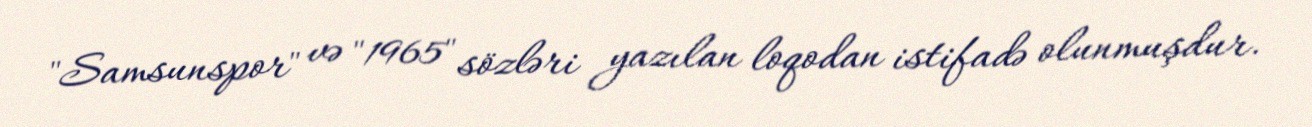
"Samsunspor" və "1965" sözləri yazılan loqodan istifadə olunmuşdur.